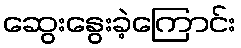
ဆွေးနွေးခဲ့ကြောင်း